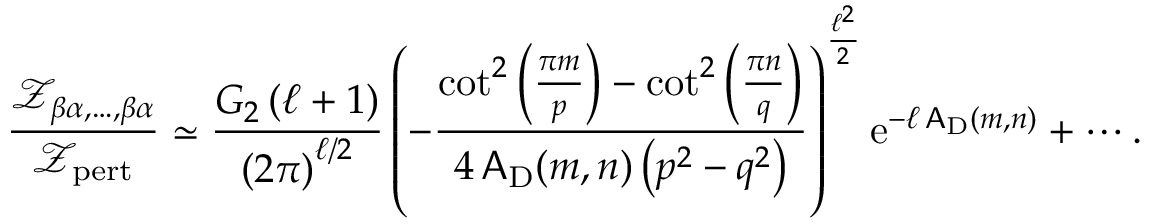
\frac { { \mathscr Z } _ { \beta \alpha , \ldots , \beta \alpha } } { { \mathscr Z } _ { \mathrm { p e r t } } } \simeq \frac { G _ { 2 } \left( \ell + 1 \right) } { \left( 2 \pi \right) ^ { \ell / 2 } } \left( - \frac { \cot ^ { 2 } \left( \frac { \pi m } { p } \right) - \cot ^ { 2 } \left( \frac { \pi n } { q } \right) } { 4 \, \mathsf { A } _ { \mathrm { D } } ( m , n ) \left( p ^ { 2 } - q ^ { 2 } \right) } \right) ^ { \frac { \ell ^ { 2 } } { 2 } } { \mathrm { e } } ^ { - \ell \, \mathsf { A } _ { \mathrm { D } } ( m , n ) } + \cdots .